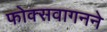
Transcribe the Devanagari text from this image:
फोक्सवागनने